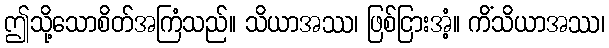
ဤသို့သောစိတ်အကြံသည်။ သိယာအဿ၊ ဖြစ်ငြားအံ့။ ကိံသိယာအဿ၊